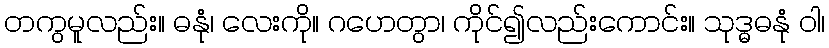
တကွမူလည်း။ ဓနုံ၊ လေးကို။ ဂဟေတွာ၊ ကိုင်၍လည်းကောင်း။ သုဒ္ဓဓနုံ ဝါ၊